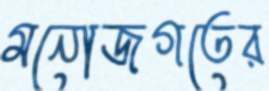
মনোজগতের